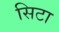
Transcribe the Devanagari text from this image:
सिटा